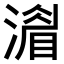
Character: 𣾨